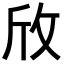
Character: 𪯱